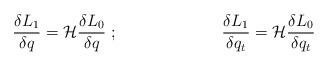
LaTeX: \begin{align*}{\delta L_1 \over \delta q}= {\cal H}{\delta L_0 \over \delta q}~;~~~~~~~~~~~~~~~~~~~{\delta L_1 \over \delta q_t}= {\cal H}{\delta L_0 \over \delta q_t}\end{align*}